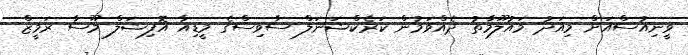
ވީނިއުސްއަށް މިއަދު މައުލޫމާތު ދެއްވަމުން ކަރެކްޝަނަލް ސާވިސްގެ މީޑިއާ އޮފިޝަލް މޫސާ ރަމީޒް